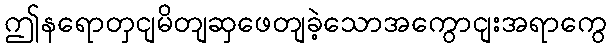
ဤနရောတှငျမိတျဆှဖေတျခဲ့သောအကွောငျးအရာကွေ